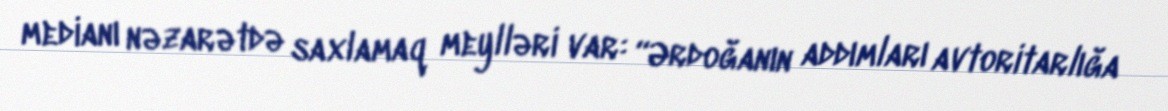
medianı nəzarətdə saxlamaq meylləri var: “Ərdoğanın addımları avtoritarlığa